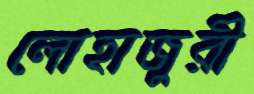
লোহাজুরী